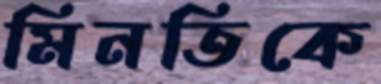
মিনতিকে